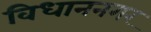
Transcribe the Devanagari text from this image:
विधाननगर